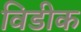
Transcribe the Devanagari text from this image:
विडीक